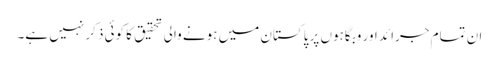
ان تمام جرائد اور وبگاہوں پر پاکستان میں ہونے والی تحقیق کا کوئی ذکر نہیں ہے۔